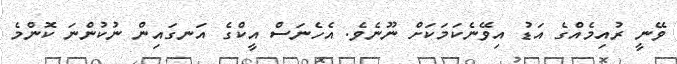
ވޭނީ ރުއިމެއްގެ އަޑު އިވޭނެކަމަކަށް ނޫނެވެ. އެހެނަސް އީކްގެ އަނގައިން ނުކުންނަ ކޮންމެ